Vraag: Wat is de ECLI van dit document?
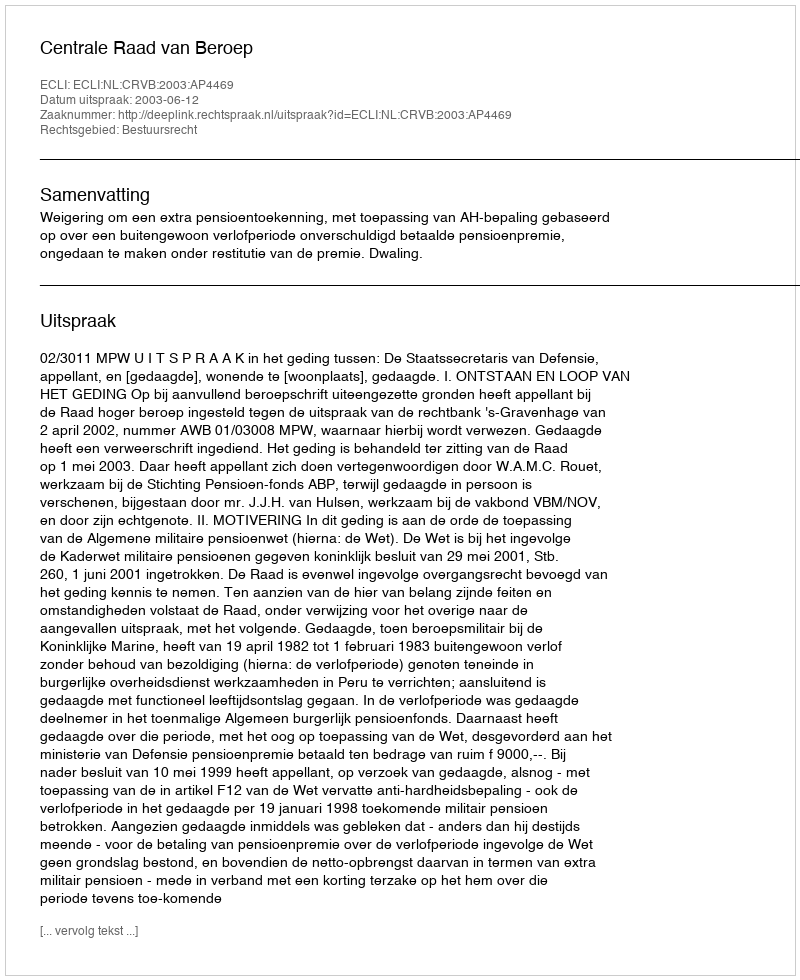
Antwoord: ECLI:NL:CRVB:2003:AP4469